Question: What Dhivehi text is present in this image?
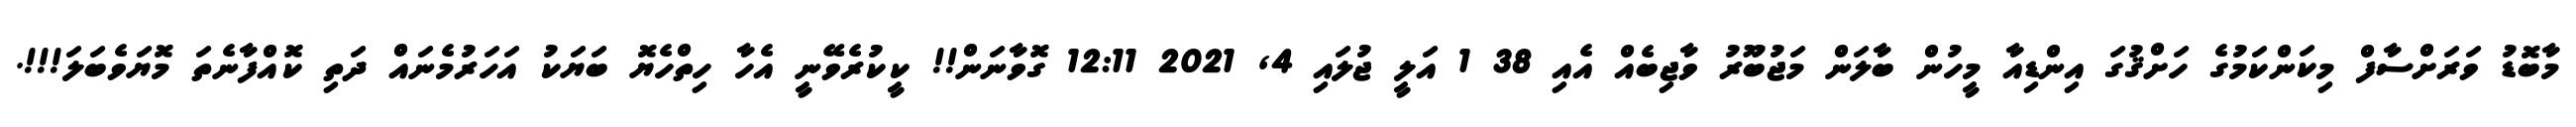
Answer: މާބޮޑު ވަރަށްސާފް މިކަންކަމުގެ ހަށްޤުގަ އިންޑިއާ މީހުން ބާލަން މަޖުބޫރު ވާޖިބެއް އެއި 38 1 އަލީ ޖުލައި 4, 2021 12:11 ގޮވާނަން!! ކީކުރެވޭނީ އެހާ ހިތްހެޔޮ ބަޔަކު އަހަރުމެނައް ދަތި ކޮއްފާނެތަ މޮޔަވެބަލަ!!!.